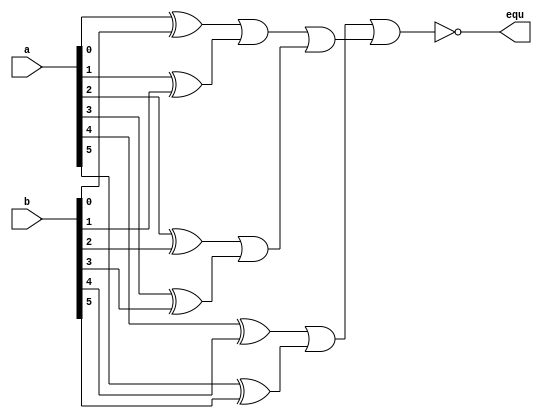
module Equal_array_6 (
    equ,
    a,
    b
);
    input [5:0] a, b;
    output equ;

    wire [5:0] eor;

    genvar i;
    /*
    for (i = 0; i < 6; i = i + 1) begin
        xor (eor[i], a[i], b[i]);
    end
    */
    xor (eor[0], a[0], b[0]);
    xor (eor[1], a[1], b[1]);
    xor (eor[2], a[2], b[2]);
    xor (eor[3], a[3], b[3]);
    xor (eor[4], a[4], b[4]);
    xor (eor[5], a[5], b[5]);

    wire [5:0] eq;

    or (eq[0], eor[0], eor[1]);
    or (eq[1], eor[2], eor[3]);
    or (eq[2], eor[4], eor[5]);
    or (eq[3], eq[0], eq[1]);
    or (eq[4], eq[2], eq[3]);
    not (equ, eq[4]);
endmodule